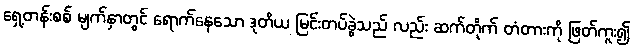
ရှေ့တန်းစစ် မျက်နှာတွင် ရောက်နေသော ဒုတိယ မြင်းတပ်ခွဲသည် လည်း ဆက်တိုက် တံတားကို ဖြတ်ကူး၍